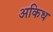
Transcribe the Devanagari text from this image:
अकिध